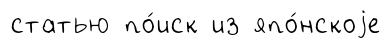
статью по́иск из япо́нскоjе